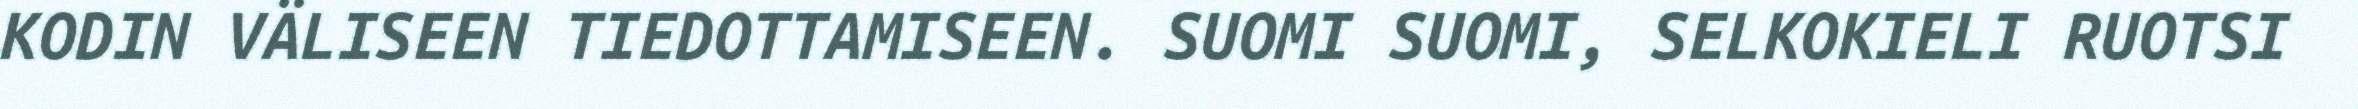
KODIN VÄLISEEN TIEDOTTAMISEEN. SUOMI SUOMI, SELKOKIELI RUOTSI